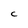
Character: C